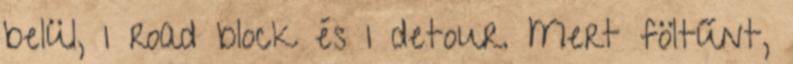
belül, 1 road block és 1 detour. Mert föltűnt,